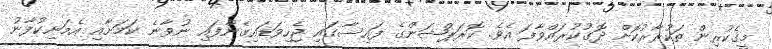
މީގެކުުރިން ތަކުރާރުކޮށް ދޮގުކުރައްވާފަ އެވެ. ކޮރަޕްޝަންގެ ފައިސާގައި ޖެހިވަޑައިގެންފައި ނުވާނެ ކަމަށާއި އެމަނިކުފާނު